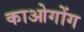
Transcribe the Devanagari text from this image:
काओगोंग